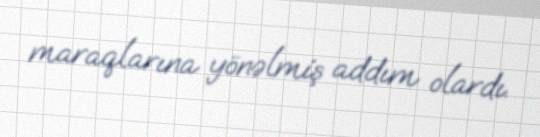
maraqlarına yönəlmiş addım olardı.